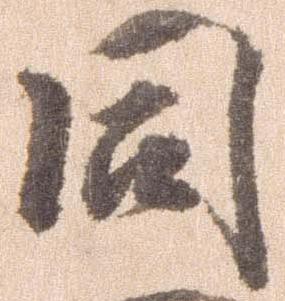
同